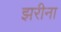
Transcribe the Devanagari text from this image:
झरीना